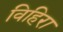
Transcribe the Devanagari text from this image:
विहिरा